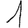
Digit: 1